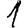
Digit: 1